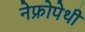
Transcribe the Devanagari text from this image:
नेफ्रोपेथी